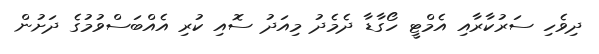
ދިވެހި ސަރުކާރާއި އެމްޓީ ހޯގާޑާ ދެމެދު މިއަދު ސޮއި ކުރި އެއްބަސްވުމުގެ ދަށުން